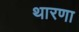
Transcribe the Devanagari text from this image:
थारणा